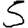
Digit: 5